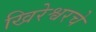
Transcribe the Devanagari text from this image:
खिरेश्वरचे